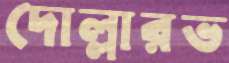
দোল্লারভ